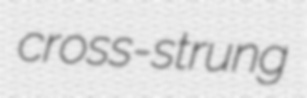
cross-strung